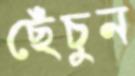
ছেঁচুন